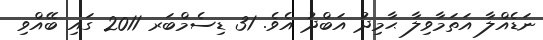
ނަޑެއްލާ އަތަމާވިލާ ޙާމިދު އަބްދު އެވެ. 31 ޑިސެމްބަރ 2011 ގައި ބޭއްވި